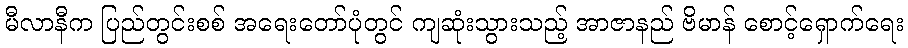
မီလာနီက ပြည်တွင်းစစ် အရေးတော်ပုံတွင် ကျဆုံးသွားသည့် အာဇာနည် ဗိမာန် စောင့်ရှောက်ရေး